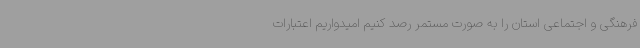
فرهنگی و اجتماعی استان را به صورت مستمر رصد کنیم امیدواریم اعتبارات